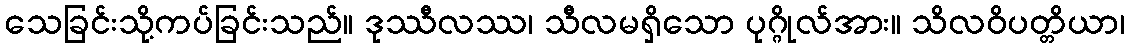
သေခြင်းသို့ကပ်ခြင်းသည်။ ဒုဿီလဿ၊ သီလမရှိသော ပုဂ္ဂိုလ်အား။ သိလဝိပတ္တိယာ၊